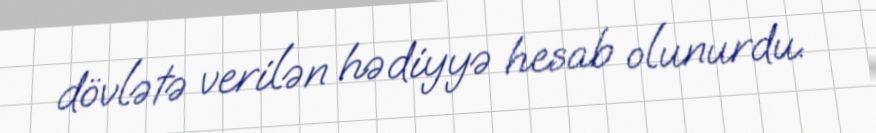
dövlətə verilən hədiyyə hesab olunurdu.